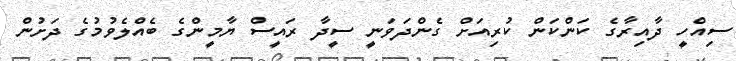
ސިއްހީ ދާއިރާގެ ކަންކަން ކުރިއަށް ގެންދަވަނީ ސީދާ ރައީސް ޔާމީންގެ ބެއްލެވުމުގެ ދަށުން